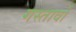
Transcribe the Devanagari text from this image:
गस्तावो